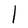
Character: l